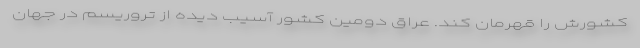
کشورش را قهرمان کند. عراق دومین کشور آسیب دیده از تروریسم در جهان